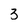
Character: 3